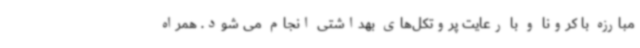
مبارزه با کرونا و با رعایت پروتکل‌های بهداشتی انجام می شود. همراه